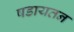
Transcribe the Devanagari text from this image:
षडायतन